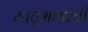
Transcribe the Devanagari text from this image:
मातृभाषांची